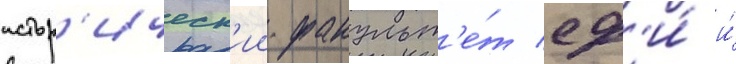
истор'ическ'ии факульт'е́т сф'и́ и́